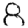
Digit: 8